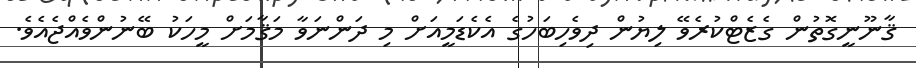
ޤާނޫނީގޮތުން ގެޒެޓްކުރެވޭ ލިޔުން ދިވެހިބަހުގެ އެކެޑަމީއަށް މި ދަންނަވާ މަޤާމަށް މީހަކު ބޭނުންވެއްޖެއެވެ.